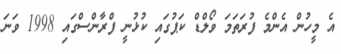
އެ މީހުން އެންމެ ފުރަތަމަ ވޯލްޑް ކަޕުގައި ކުޅުނީ ފްރާންސްގައި 1998 ވަނަ